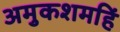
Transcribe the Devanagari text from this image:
अमुकशमहिं